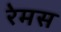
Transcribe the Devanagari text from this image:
रेमस